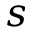
s